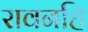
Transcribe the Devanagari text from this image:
रावनहि